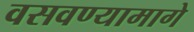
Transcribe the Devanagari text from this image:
वसवण्यामागे